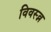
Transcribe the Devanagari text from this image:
विवस्व्न